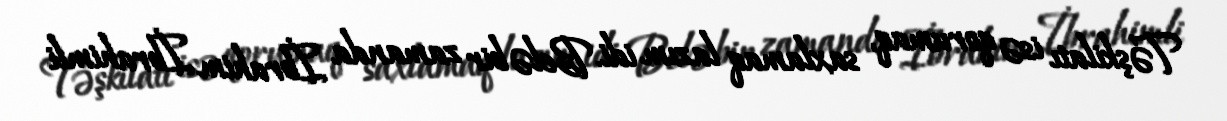
Təşkilatı isə qorumaq, saxlamaq lazım idi. Belə bir zamanda İbrahim İbrahimli